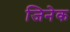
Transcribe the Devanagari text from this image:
जिनेक